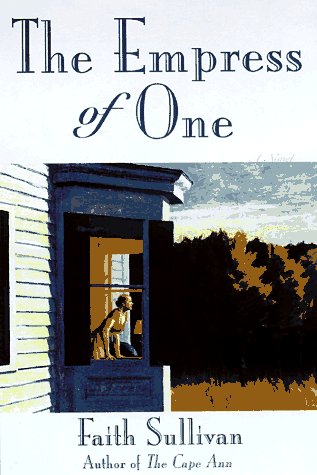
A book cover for The Empress of One; Faith Sullivan; Parenting & Relationships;